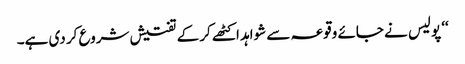
‘‘ پولیس نے جائے وقوعہ سے شواہد اکٹھے کر کے تفتیش شروع کر دی ہے۔